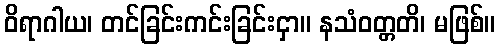
ဝိရာဂါယ၊ တင်ခြင်းကင်းခြင်းငှာ။ နသံဝတ္တတိ၊ မဖြစ်။